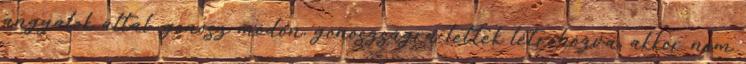
angyalok által, gonosz módon, gonoszságra lettek létrehozva, akkor nem